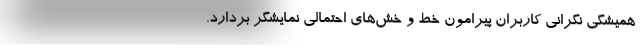
همیشگی نگرانی کاربران پیرامون خط و خش‌های احتمالی نمایشگر بردارد.